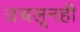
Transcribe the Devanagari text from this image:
उचलूनही